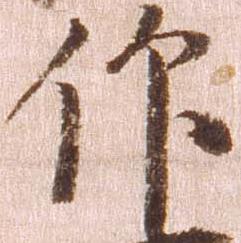
仰